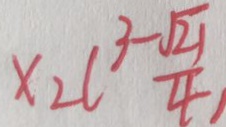
x _ { 2 } ( \frac { 3 - \sqrt { 2 1 } } { 4 } )